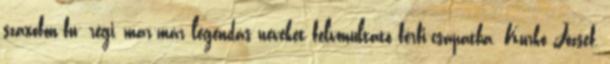
szaxofon-fu- régi, már-már legendás neveket felvonultató férfi-csapatba. Kurkó József,